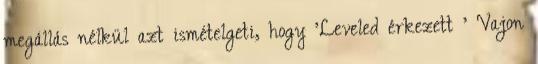
megállás nélkül azt ismételgeti, hogy 'Leveled érkezett ' Vajon